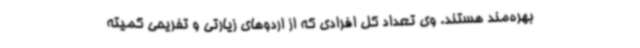
بهره‌مند هستند. وی تعداد کل افرادی که از اردوهای زیارتی و تفریحی کمیته